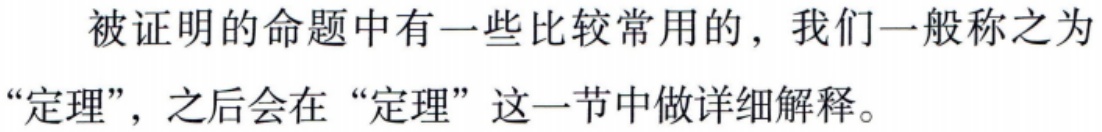
被证明的命题中有一些比较常用的，我们一般称之为“定理”，之后会在“定理”这一节中做详细解释。